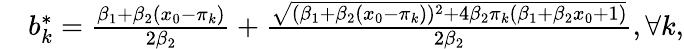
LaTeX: \begin{array}{rl}&{b_{k}^{*}=\frac{\beta_{1}+\beta_{2}(x_{0}-\pi_{k})}{2\beta_{2}}+\frac{\sqrt{(\beta_{1}+\beta_{2}(x_{0}-\pi_{k}))^{2}+4\beta_{2}\pi_{k}(\beta_{1}+\beta_{2}x_{0}+1)}}{2\beta_{2}},\forall k,}\end{array}